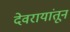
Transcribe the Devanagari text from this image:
देवरायांतून